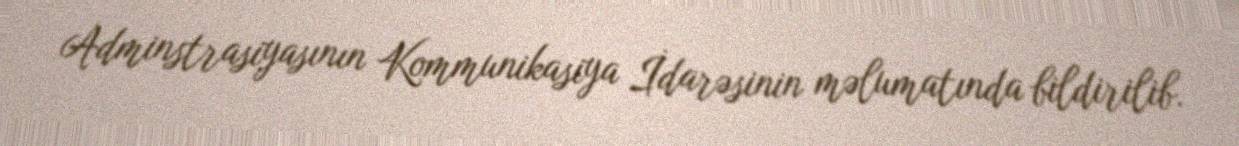
Adminstrasiyasının Kommunikasiya İdarəsinin məlumatında bildirilib.